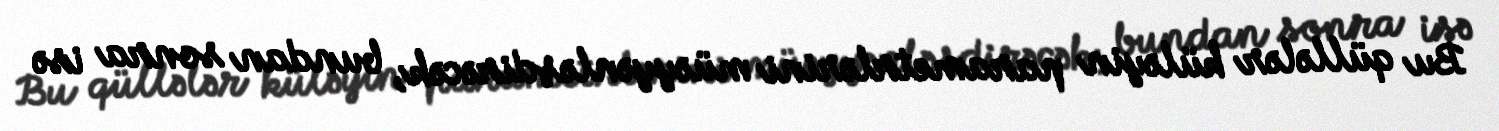
Bu qüllələr küləyin parametrlərini müəyyənləşdirəcək, bundan sonra isə